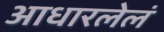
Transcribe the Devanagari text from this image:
आधारलेलं